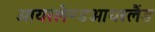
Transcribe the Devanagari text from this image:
आयरलैण्डआयरलैंड